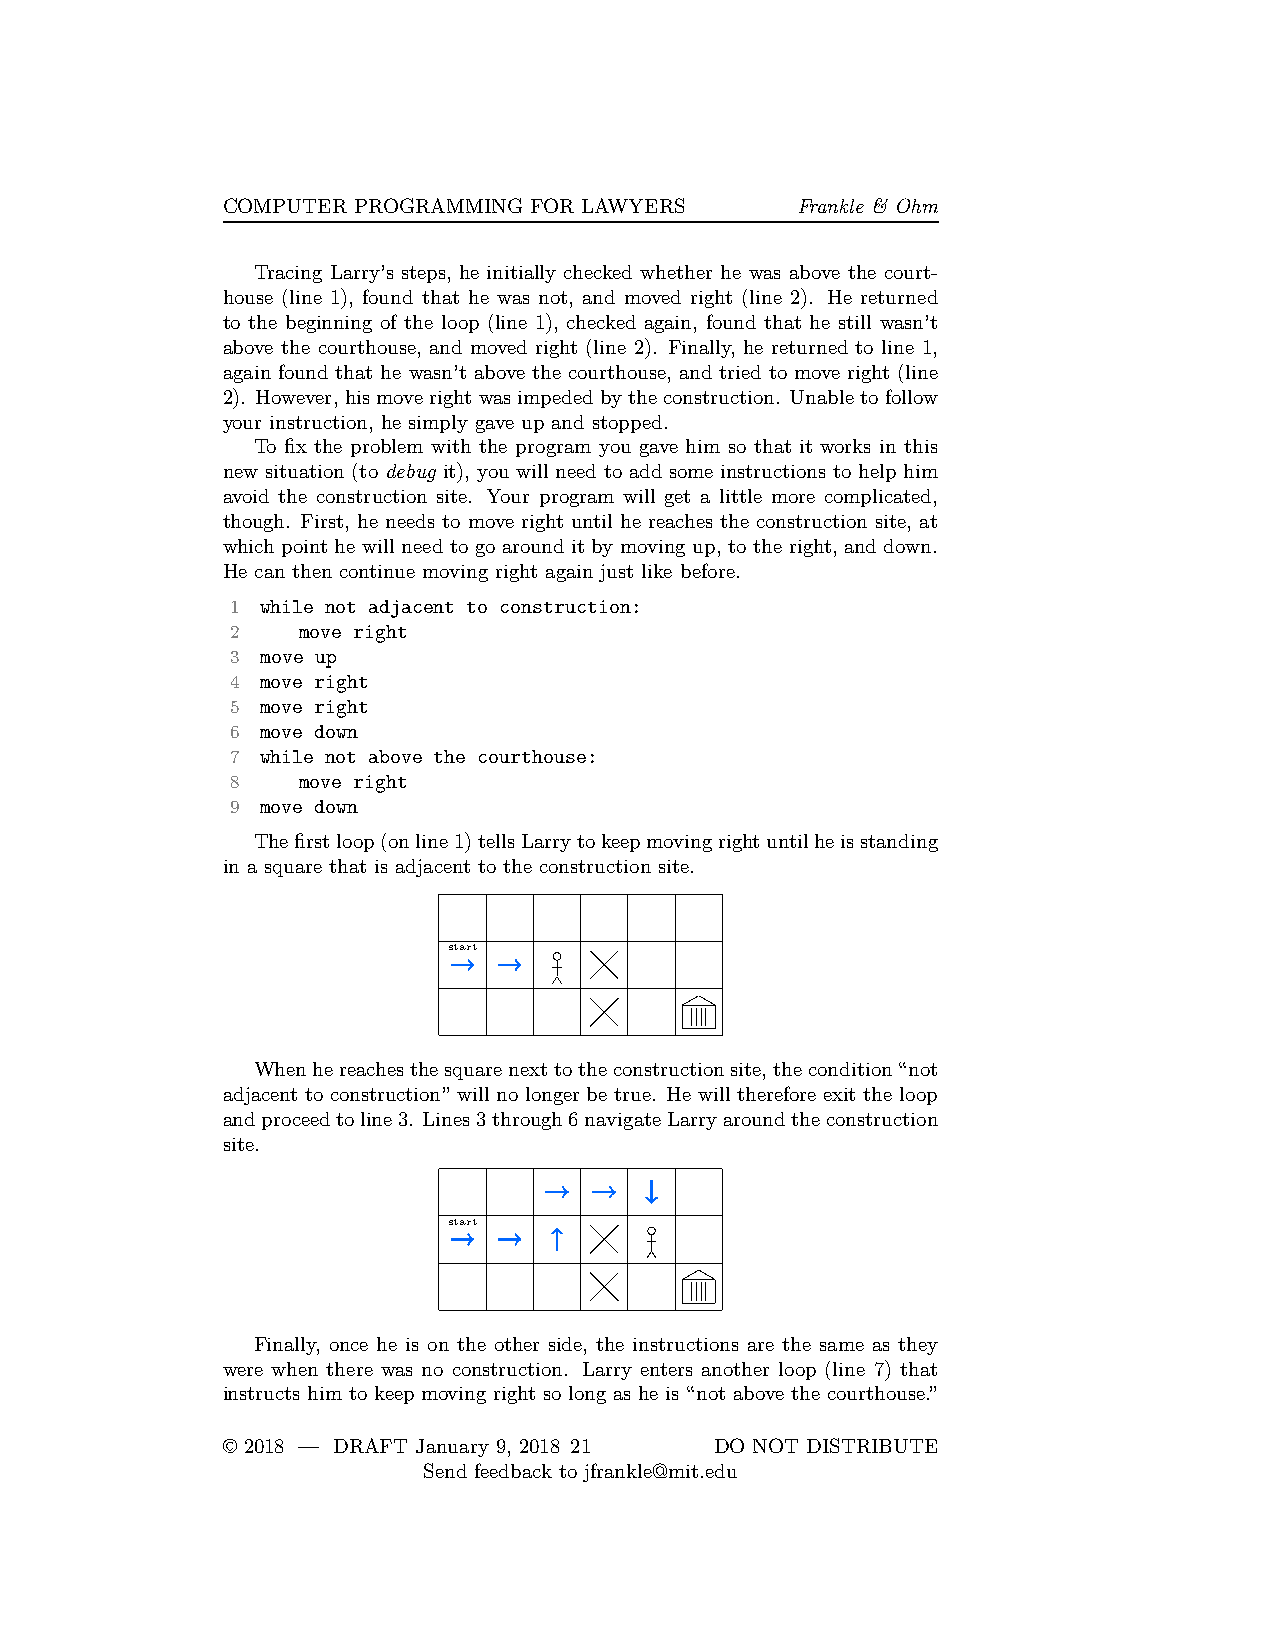
COMPUTER PROGRAMMING FOR LAWYERS      Frankle & Ohm
 Tracing Larry’s steps, he initially checked whether he was above the court-
 house (line 1), found that he was not, and moved right (line 2). He returned
 to the beginning of the loop (line 1), checked again, found that he still wasn’t
 above the courthouse, and moved right (line 2). Finally, he returned to line 1,
 again found that he wasn’t above the courthouse, and tried to move right (line
 2). However, hismoverightwasimpededbytheconstruction. Unabletofollow
 your instruction, he simply gave up and stopped.
 To fix the problem with the program you gave him so that it works in this
 new situation (to debug it), you will need to add some instructions to help him
 avoid the construction site. Your program will get a little more complicated,
 though. First, he needs to move right until he reaches the construction site, at
 which point he will need to go around it by moving up, to the right, and down.
 He can then continue moving right again just like before.
 1 while not adjacent to construction:
 2    move right
 3 move up
 4 move right
 5 move right
 6 move down
 7 while not above the courthouse:
 8    move right
 9 move down
 Thefirstloop(online1)tellsLarrytokeepmovingrightuntilheisstanding
 in a square that is adjacent to the construction site.
 start
 Whenhereachesthesquarenexttotheconstructionsite,thecondition“not
 adjacent to construction” will no longer be true. He will therefore exit the loop
 andproceedtoline3. Lines3through6navigateLarryaroundtheconstruction
 site.
 start
 Finally, once he is on the other side, the instructions are the same as they
 were when there was no construction. Larry enters another loop (line 7) that
 instructs him to keep moving right so long as he is “not above the courthouse.”
 © 2018 — DRAFT January 9, 2018 21 DO NOT DISTRIBUTE
 Send feedback to jfrankle@mit.edu